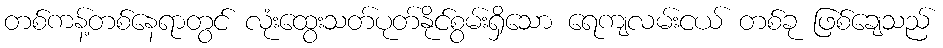
တစ်ကန့်တစ်နေရာတွင် လုံးထွေးသတ်ပုတ်နိုင်စွမ်းရှိသော ရေကျလမ်းငယ် တစ်ခု ဖြစ်ချေသည်